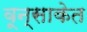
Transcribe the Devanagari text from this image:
वून्साकेत